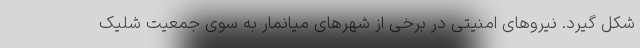
شکل گیرد. نیروهای امنیتی در برخی از شهرهای میانمار به سوی جمعیت شلیک